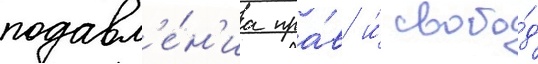
подавл'е́н'иа пра́в и́ свобо́д